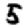
Digit: 5